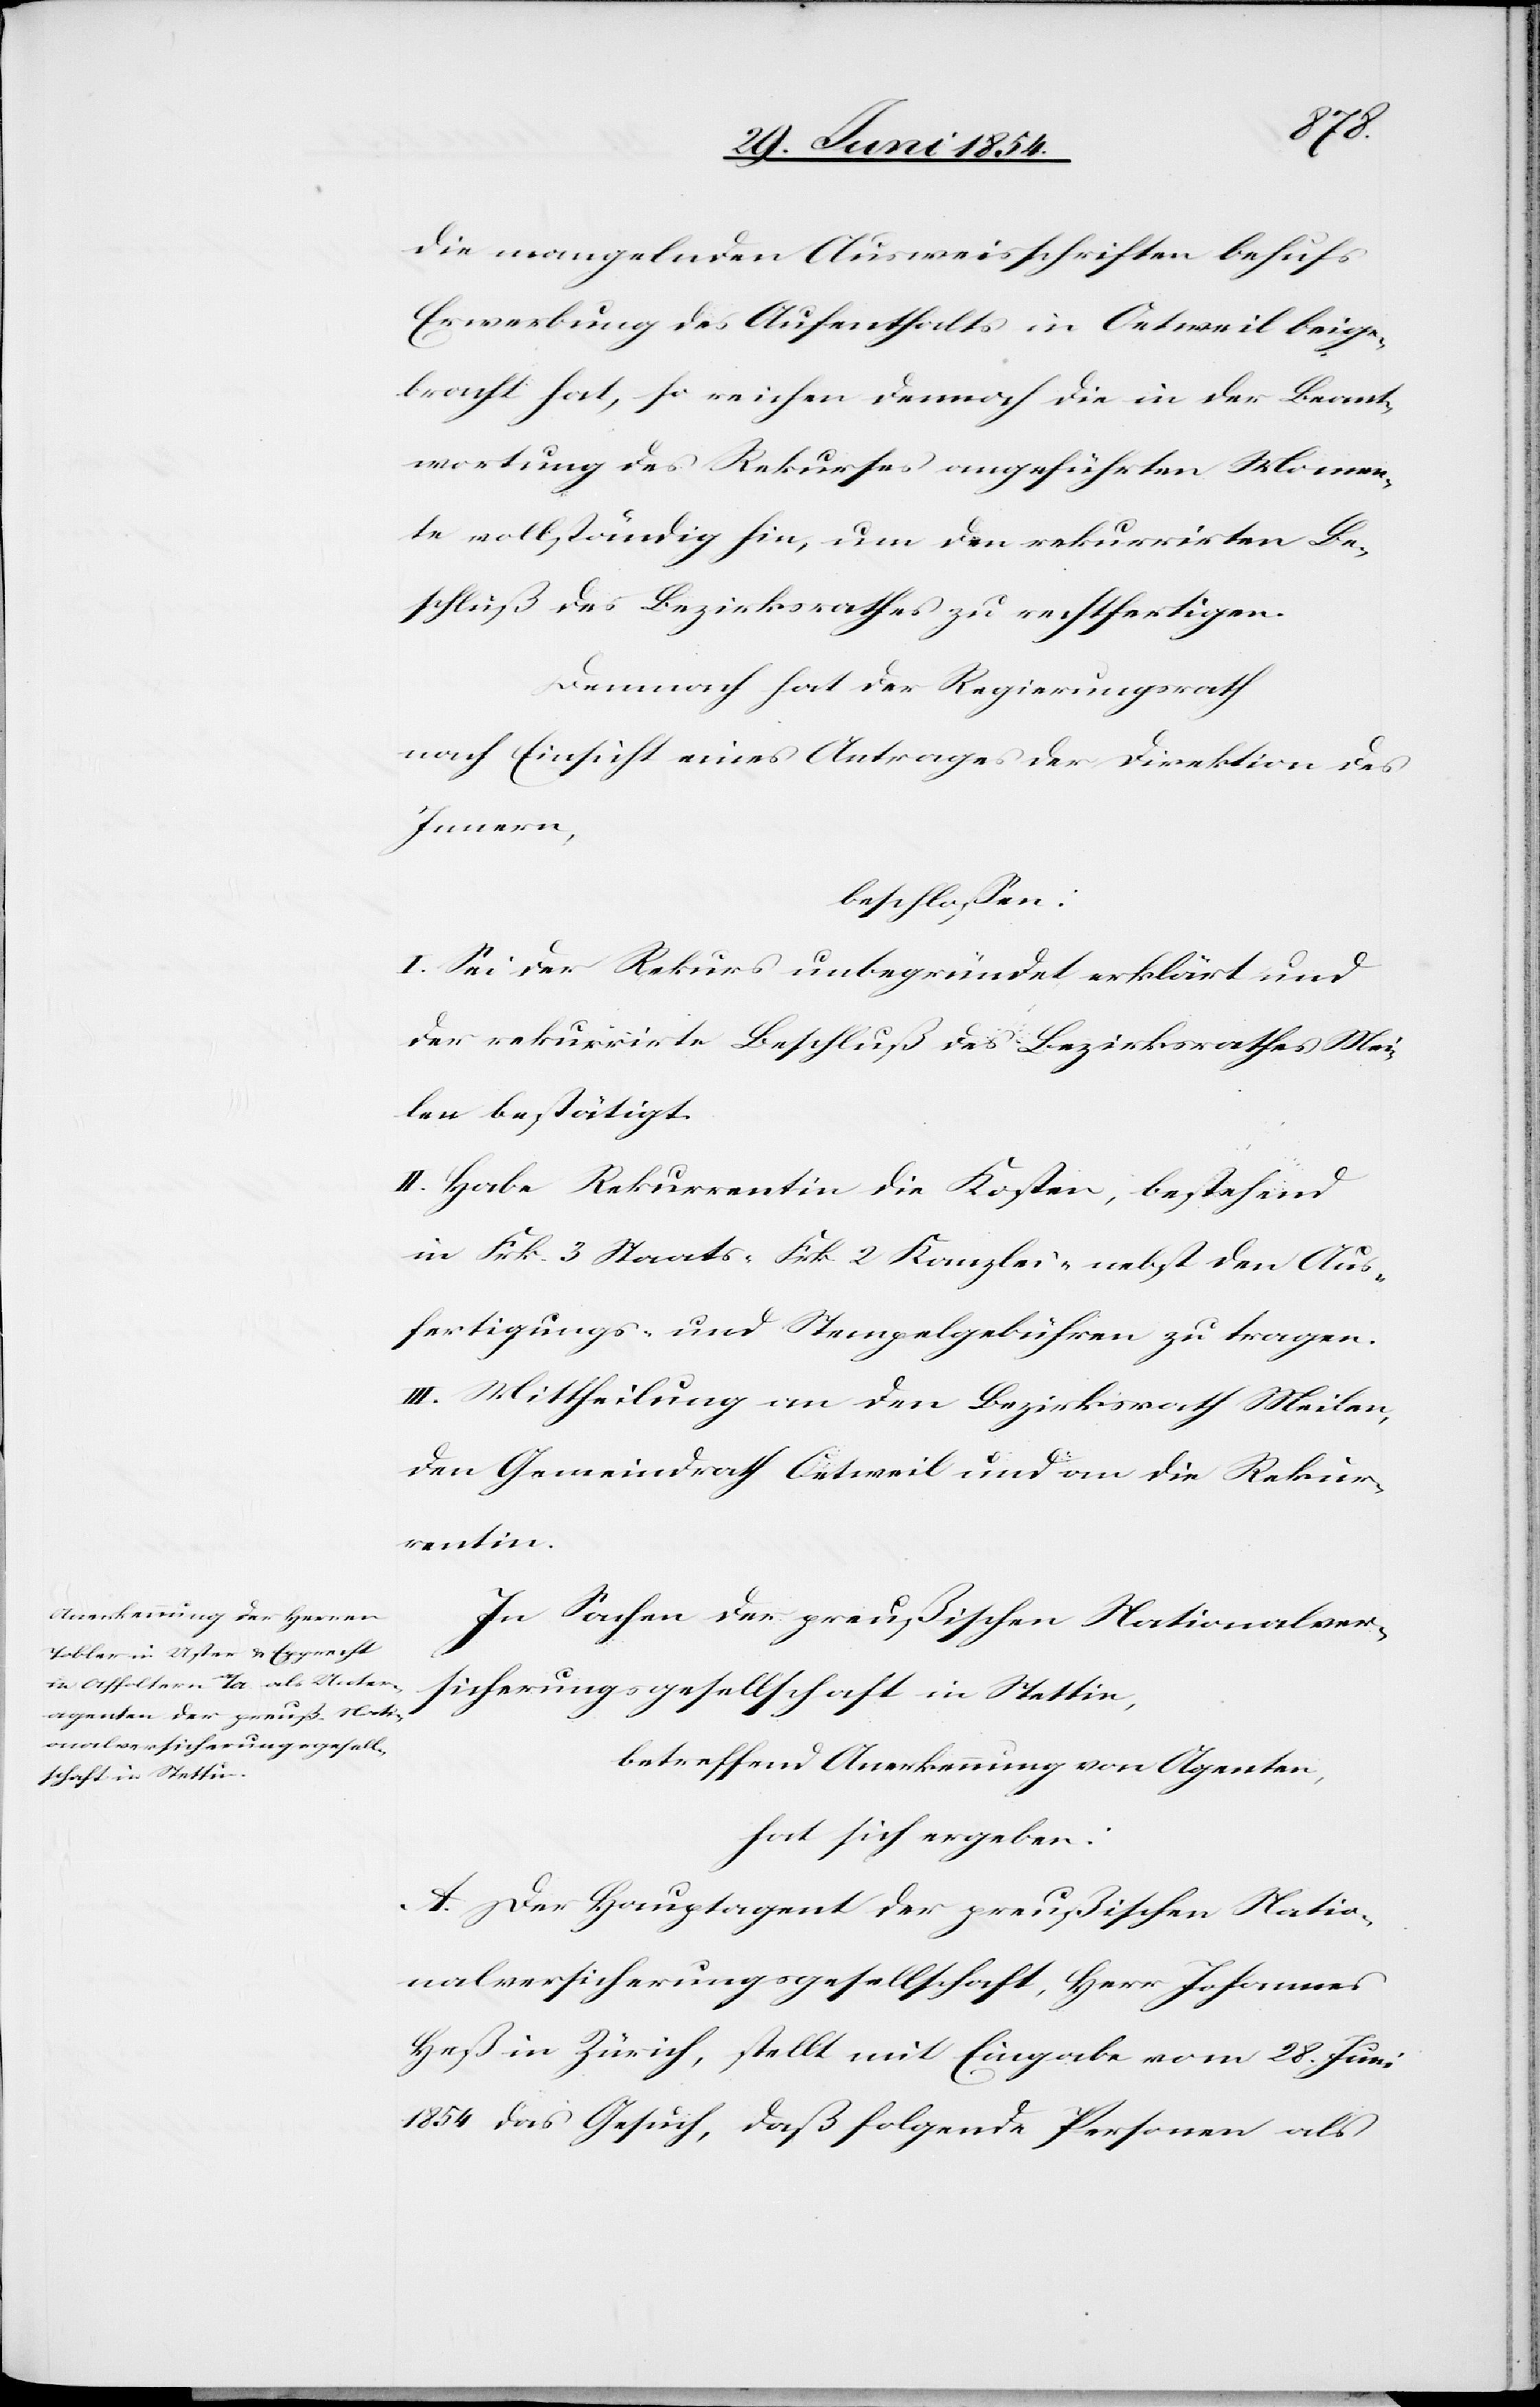
die mangelnden Ausweisschriften behufs
Erwerbung des Aufenthalts in Oetweil beige¬
bracht hat, so reichen dennoch die in der Beant¬
wortung des Rekurses ausgeführten Momen¬
te vollständig hin, um den rekurrirten Be¬
schluß des Bezirksrathes zu rechtfertigen.
Demnach hat der Regierungsrath
nach Einsicht eines Antrages der Direktion des
Innern,
beschloßen:
I. Sei der Rekurs unbegründet erklärt und
der rekurrirte Beschluß des Bezirksrathes Mei¬
len bestätigt.
II. Habe Rekurrentin die Kosten, bestehend
in Frk. 3 Staats-[,] Frk. 2 Kanzlei-[,] nebst den Aus¬
fertigungs- und Stempelgebühren zu tragen.
III. Mittheilung an den Bezirksrath Meilen,
den Gemeindrath Oetweil und an die Rekur¬
rentin.
In Sachen der preußischen Nationalver¬
sicherungsgesellschaft in Stettin,
betreffend Anerkennung von Agenten,
hat sich ergeben:
A. Der Hauptagent der preußischen Natio¬
nalversicherungsgesellschaft, Herr Johannes
Heß in Zürich, stellt mit Eingabe vom 28. Juni
1854 das Gesuch, daß folgende Personen als